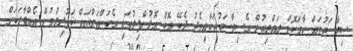
ސިޔާސަތުތައް ހާމަކޮށް ރައްޔިތުން އެސިޔާސަތުތަކާއިމެދު ދެކޭ ގޮތް އޮޅުންފިލުވައި އެކަންތައްތައް ކަމުދިޔުމުން އެއްބާރަކަށް